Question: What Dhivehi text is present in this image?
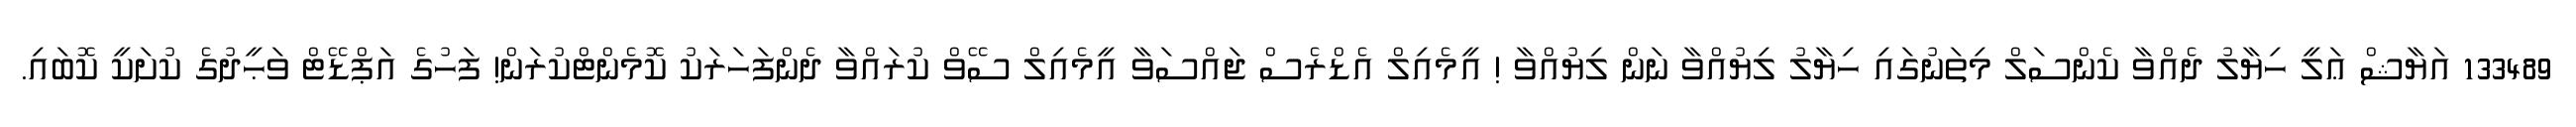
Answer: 133489 އަޔާޝް ޢަލީ ހިޔާލު ދެއްވާ ކެންސަލް މިތަނުގައި ހިޔާލު ލިޔުއްވާ ނަން ލިޔުއްވާ ! އީމެއިލް އެޑްރެސް ޖައްސަވާ އީމެއިލް ސޭވް ކުރައްވާ ދެންފަހަރަކު ކޮމެންޓްކުރަން! ފަހުގެ އަޕްޑޭޓް ވަޙީދުގެ ކުށަކީ ކޮބައި.